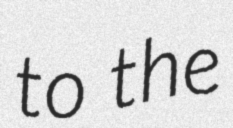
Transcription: to the